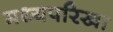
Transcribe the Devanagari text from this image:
मध्यपरिखा